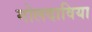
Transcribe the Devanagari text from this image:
मोलदाविया